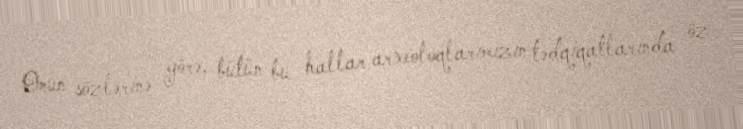
Onun sözlərinə görə, bütün bu hallar arxeoloqlarımızın tədqiqatlarında öz